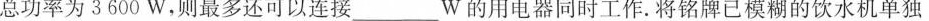
的总功率为3600W，则最多还可以连接___W的用电器同时工作。将铭牌已模糊的饮水机单独